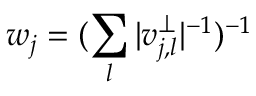
w _ { j } = ( \sum _ { l } | v _ { j , l } ^ { \perp } | ^ { - 1 } ) ^ { - 1 }